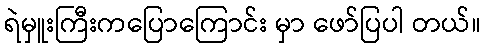
ရဲမှူးကြီးကပြောကြောင်း မှာ ဖော်ပြပါ တယ်။